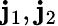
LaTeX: \mathbf{j}_{1},\mathbf{j}_{2}